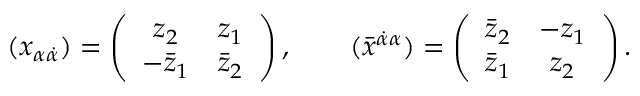
( x _ { \alpha \dot { \alpha } } ) = \left( \begin{array} { c c } { { z _ { 2 } } } & { { z _ { 1 } } } \\ { { - \bar { z } _ { 1 } } } & { { \bar { z } _ { 2 } } } \end{array} \right) , \qquad ( \bar { x } ^ { \dot { \alpha } \alpha } ) = \left( \begin{array} { c c } { { \bar { z } _ { 2 } } } & { { - z _ { 1 } } } \\ { { \bar { z } _ { 1 } } } & { { z _ { 2 } } } \end{array} \right) .